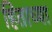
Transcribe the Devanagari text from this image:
हिताच्‍या